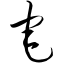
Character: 宅